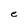
Character: e